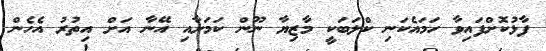
ފާޅުކޮށްފައިވާ ހަމައެކަނި ކްލަބަކީ މާޒިޔާ ނޫން ކަމަށާއި އޭނާ އަށް އިތުރު އެހެން